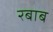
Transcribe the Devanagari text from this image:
रबाब